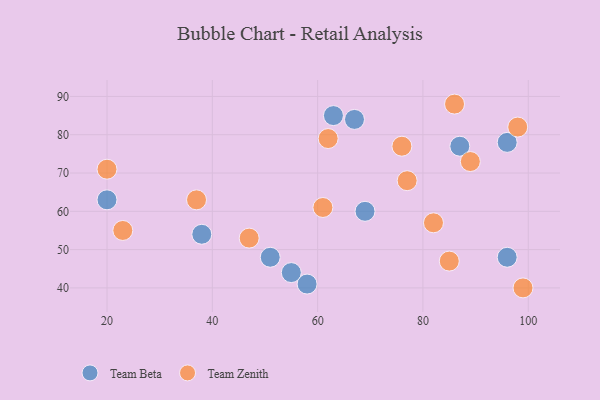
{"axis": {"x": "GDP", "y": "Life Expectancy"}, "legend": ["Team Beta", "Team Zenith"], "data": [{"x": "38", "y": 54, "type": "Team Beta"}, {"x": "58", "y": 41, "type": "Team Beta"}, {"x": "67", "y": 84, "type": "Team Beta"}, {"x": "55", "y": 44, "type": "Team Beta"}, {"x": "63", "y": 85, "type": "Team Beta"}, {"x": "87", "y": 77, "type": "Team Beta"}, {"x": "51", "y": 48, "type": "Team Beta"}, {"x": "96", "y": 78, "type": "Team Beta"}, {"x": "69", "y": 60, "type": "Team Beta"}, {"x": "20", "y": 63, "type": "Team Beta"}, {"x": "96", "y": 48, "type": "Team Beta"}, {"x": "20", "y": 71, "type": "Team Zenith"}, {"x": "82", "y": 57, "type": "Team Zenith"}, {"x": "85", "y": 47, "type": "Team Zenith"}, {"x": "23", "y": 55, "type": "Team Zenith"}, {"x": "76", "y": 77, "type": "Team Zenith"}, {"x": "89", "y": 73, "type": "Team Zenith"}, {"x": "37", "y": 63, "type": "Team Zenith"}, {"x": "62", "y": 79, "type": "Team Zenith"}, {"x": "86", "y": 88, "type": "Team Zenith"}, {"x": "98", "y": 82, "type": "Team Zenith"}, {"x": "99", "y": 40, "type": "Team Zenith"}, {"x": "47", "y": 53, "type": "Team Zenith"}, {"x": "77", "y": 68, "type": "Team Zenith"}, {"x": "61", "y": 61, "type": "Team Zenith"}]}